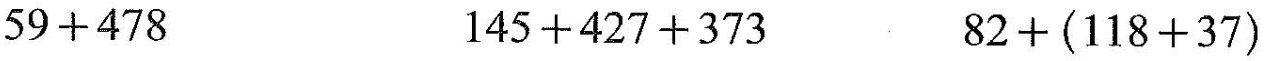
$$5 9 + 4 7 8$$ $$1 4 5 + 4 2 7 + 3 7 3$$ $$8 2 + ( 1 1 8 + 3 7 )$$